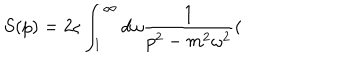
S ( p ) = 2 \varsigma \int _ { 1 } ^ { \infty } d \omega \frac { 1 } { p ^ { 2 } - m ^ { 2 } \omega ^ { 2 } } (